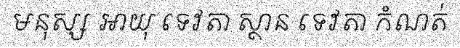
មនុស្ស អាយុ ទេវតា ស្ថាន ទេវតា កំណត់